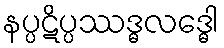
နပ္ပဋိပ္ပဿဒ္ဓလဒ္ဓေါ